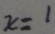
x = 1